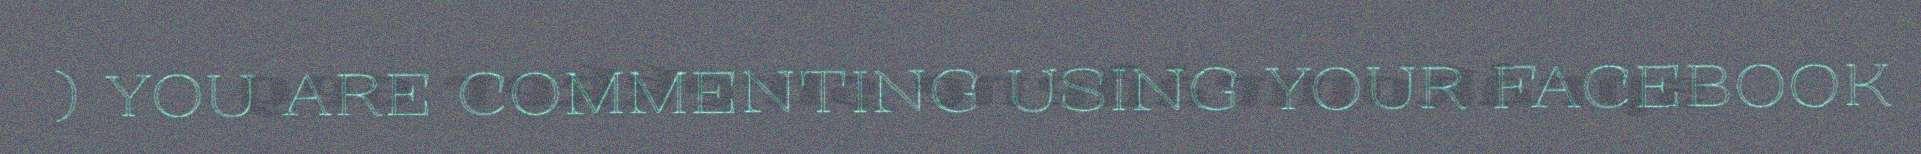
) YOU ARE COMMENTING USING YOUR FACEBOOK